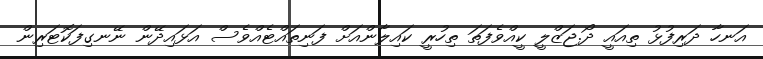
އަނހާ ދަރިފުޅު ތިއައީ ދޯ.ޖަޒްލީ ކީއްވެފަތަ ތިހުރީ ކައިލާންއަށް ފަނިތައްޓެއްވެސް އަޅައިދޭން ނޭނގިފަކޮޓަރިން